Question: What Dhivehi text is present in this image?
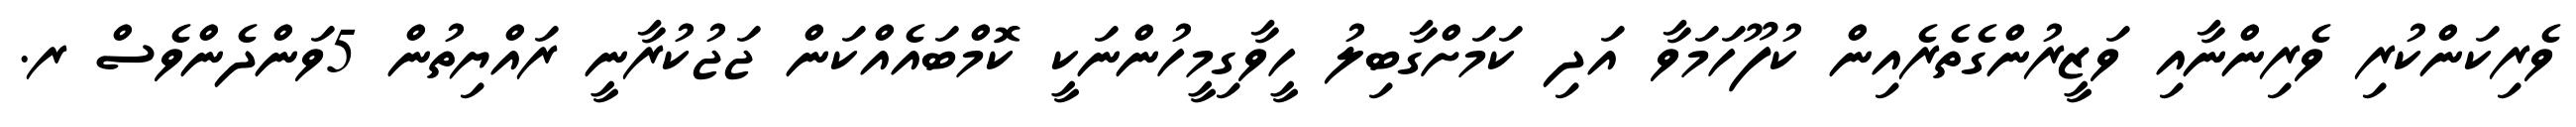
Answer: ވެރިކަންކުރި ވެރިންނާއި ވަޒީރުންގެތެރެއިން ކުފޫހަމަވާ އަދި ކަމަށްގާބިލު ހީވާގިމީހުންނަކީ ކޮމްބައެއްކަން ޖަޖުކުރާނީ ރައްޔިތުން 5ވަންދެންވެސް ރ.